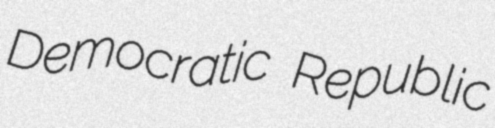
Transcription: Democratic Republic